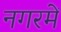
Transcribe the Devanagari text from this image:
नगरमें